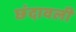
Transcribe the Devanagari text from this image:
छंदावली